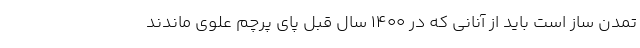
تمدن ساز است باید از آنانی که در ۱۴۰۰ سال قبل پای پرچم علوی ماندند